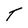
Character: T